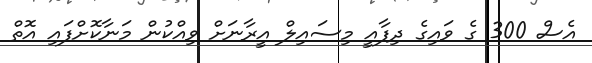
އެސް 300 ގެ ވައިގެ ދިފާއީ މިސައިލް އީރާނަށް ވިއްކުން މަނާކޮށްފައި އޮތް